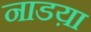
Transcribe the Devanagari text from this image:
नाडय़ा